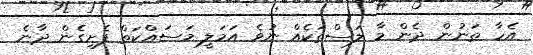
އެހާ ތަނުން ދެން މާ ލަސްތަކެއް ނުވެ އަމަލީ މަސައްކަތް ފެށިގެން ދާނެ